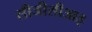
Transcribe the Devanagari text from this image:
सीजीसीआइ